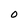
Character: 0